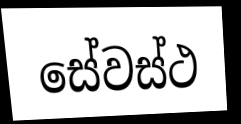
සේවස්ථ